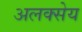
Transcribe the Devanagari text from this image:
अलक्सेय